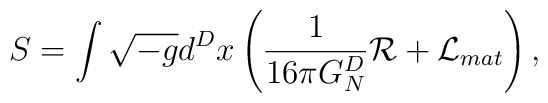
S=\int\sqrt{-g}d^{D}x\left({1\over{16\pi G^D_N}}{\cal R}+{\cal L}_{mat}\right),